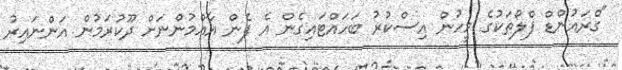
"ގްރައުންޑް ފްލޯތަކުގެ މީހުން އިސްކުރު ބަހައްޓައިގެން އެ ފެން އާއްމުންނަށް ދޫކުރަމުން އަންނައިރު